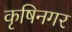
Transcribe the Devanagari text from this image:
कृषिनगर